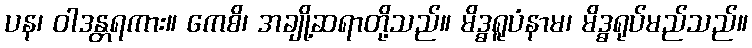
ပန၊ ဝါဒန္တရကား။ ကေစိ၊ အချို့ဆရာတို့သည်။ မိဒ္ဓရူပံနာမ၊ မိဒ္ဓရုပ်မည်သည်။